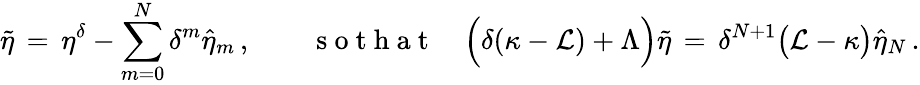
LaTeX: \tilde{\eta}\, =\, \eta^{\delta}-\sum_{m=0}^{N}\delta^{m}\hat{\eta}_{m}\, ,\qquad\mathrm{~s~o~t~h~a~t~}\quad\Bigl(\delta(\kappa-\mathcal{L})+\Lambda\Bigr)\tilde{\eta}\, =\, \delta^{N+1}\bigl(\mathcal{L}-\kappa\bigr)\hat{\eta}_{N}\, .